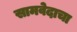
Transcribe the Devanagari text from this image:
सामवेदाचा